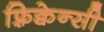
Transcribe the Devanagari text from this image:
फ़्रिक्वेन्सी